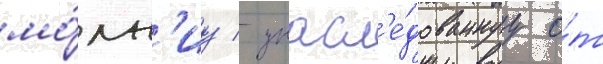
мо́лн'иу / унасл'е́дованнуу о́т